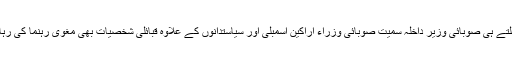
واقعہ کی اطلاع ملتے ہی صوبائی وزیر داخلہ سمیت صوبائی وزراء اراکین اسمبلی اور سیاستدانوں کے علاوہ قبائلی شخصیات بھی مغوی رہنما کی رہائش گاہ پہنچ گئیں۔